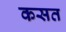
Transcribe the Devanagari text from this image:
कसत